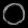
Digit: ၀